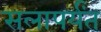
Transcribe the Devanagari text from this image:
सलापर्यंत